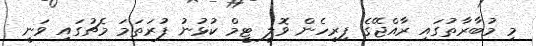
މި މުބާރާތުގައި ރާއްޖޭގެ ފިރިހެން ވޮލީ ޓީމް ކުޅުނު ފުރަތަމަ މެޗުގައި ވަނީ